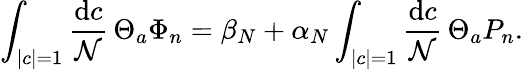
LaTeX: \int_{|c|=1}{\frac{\mathrm{d}c}{\mathcal{N}}}\, \Theta_{a}\Phi_{n}=\beta_{N}+\alpha_{N}\int_{|c|=1}{\frac{\mathrm{d}c}{\mathcal{N}}}\, \Theta_{a}P_{n}.